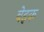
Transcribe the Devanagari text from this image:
बेइक